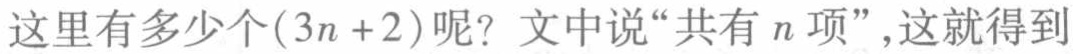
这里有多少个\((3n + 2)\)呢？文中说“共有\(n\)项”，这就得到